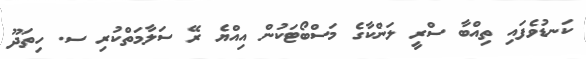
ކަނޑުވެފައި ތިއްބާ ސްރީ ލަންކާގެ މަސްބޯޓަކުން އިއްޔެ ރޭ ސަލާމަތްކުރި ސ. ހިތަދޫ